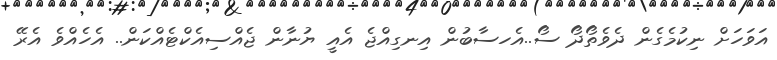
އަވަހަށް ނިކުމެގެން ދެވެތޯދޯ ސޯ..އެހސާބުން އިނގިއްޖެ އެއީ ޔުނާން ޖެއްސިއެކްޓެއްކަން.. އެހެއްވެ އެރޭ